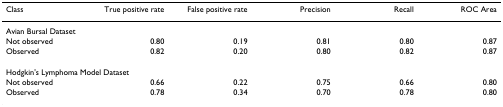
| Class | True positive rate | False positive rate | Precision | Recall | ROC Area |
 | --- | --- | --- | --- | --- | --- |
 | <COLSPAN=6> Avian Bursal Dataset |
 | Not observed | 0.80 | 0.19 | 0.81 | 0.80 | 0.87 |
 | Observed | 0.82 | 0.20 | 0.80 | 0.82 | 0.87 |
 | <COLSPAN=6> Hodgkin's Lymphoma Model Dataset |
 | Not observed | 0.66 | 0.22 | 0.75 | 0.66 | 0.80 |
 | Observed | 0.78 | 0.34 | 0.70 | 0.78 | 0.80 |